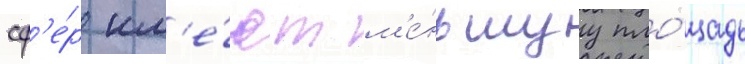
сф'е́р им'е́ют м'е́ньшуу пло́щадь